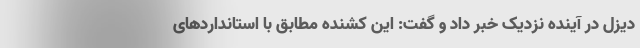
دیزل در آینده نزدیک خبر داد و گفت: این کشنده مطابق با استانداردهای